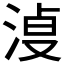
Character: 𰛿